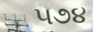
૫૭૪